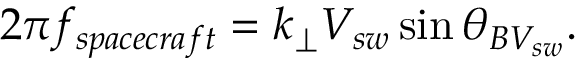
2 \pi f _ { s p a c e c r a f t } = k _ { \perp } V _ { s w } \sin \theta _ { B V _ { s w } } .